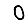
Digit: 0